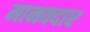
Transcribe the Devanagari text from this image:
मानवदार